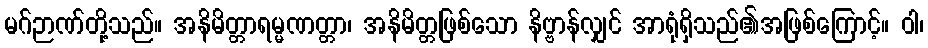
မဂ်ဉာဏ်တို့သည်။ အနိမိတ္တာရမ္မဏတ္တာ၊ အနိမိတ္တဖြစ်သော နိဗ္ဗာန်လျှင် အာရုံရှိသည်၏အဖြစ်ကြောင့်။ ဝါ၊